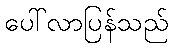
ပေါ်လာပြန်သည်